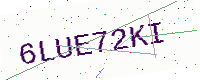
Text: 6LUE72KI